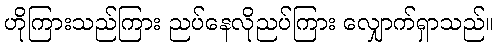
ဟိုကြားသည်ကြား ညပ်နေလိုညပ်ကြား လျှောက်ရှာသည်။